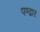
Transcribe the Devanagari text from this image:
पण्‍ढार